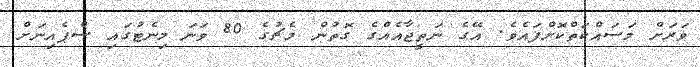
ވަރަށް މަސައްކަތްކޮށްފައެވެ. އޭގެ ނަތީޖާއެއްގެ ގޮތުން މެޗުގެ 80 ވަނަ މިނެޓުގައި ސްޕެއިނަށް